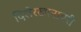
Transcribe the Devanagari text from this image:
दिलेरखानावरी